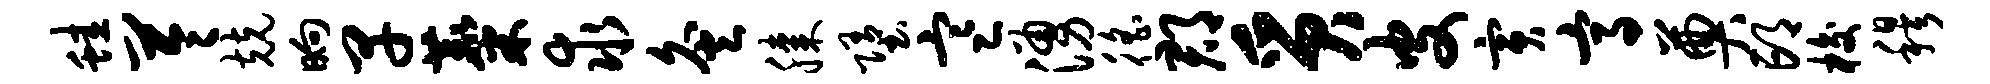
蛙苓兢晌早麋求灸膝堕寒涌徭郡质皮寅高奠邙梭穆